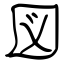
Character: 図